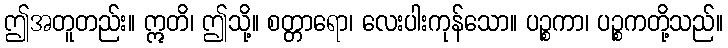
ဤအတူတည်း။ ဣတိ၊ ဤသို့။ စတ္တာရော၊ လေးပါးကုန်သော။ ပဉ္စကာ၊ ပဉ္စကတို့သည်။